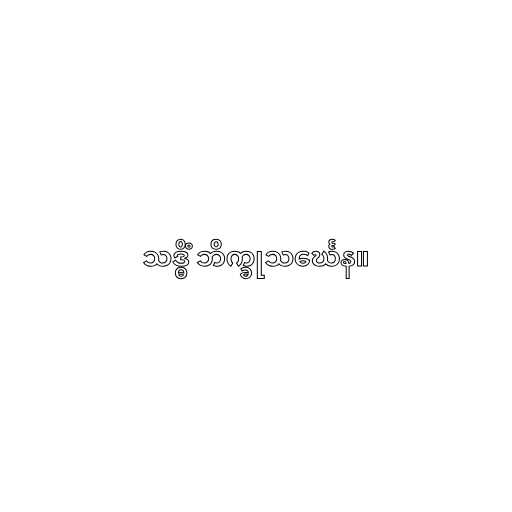
သဒ္ဓိံ ဘိက္ခုသင်္ဃေန။